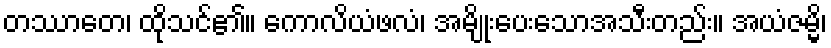
တဿာတေ၊ ထိုသင်၏။ ကောလိယံဖလံ၊ အမျိုးပေးသောအသီးတည်း။ အယံဇမ္မိ၊